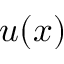
u ( x )